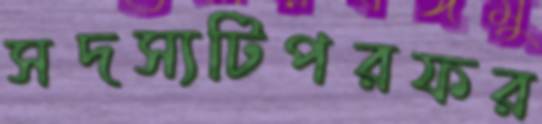
সদস্যটিপরফর